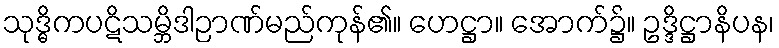
သုဒ္ဓိကပဋိသမ္ဘိဒါဉာဏ်မည်ကုန်၏။ ဟေဋ္ဌာ။ အောက်၌။ ဥဒ္ဒိဋ္ဌာနိပန၊